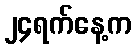
၂၄ရက်နေ့က